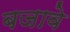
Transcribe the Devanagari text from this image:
बजावे